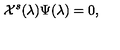
{ \cal X } ^ { s } ( \lambda ) \Psi ( \lambda ) = 0 ,